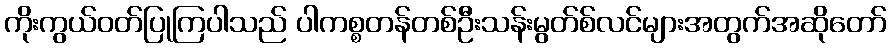
ကိုးကွယ်ဝတ်ပြုကြပါသည် ပါကစ္စတန်တစ်ဦးသန်းမွတ်စ်လင်များအတွက်အဆိုတော်